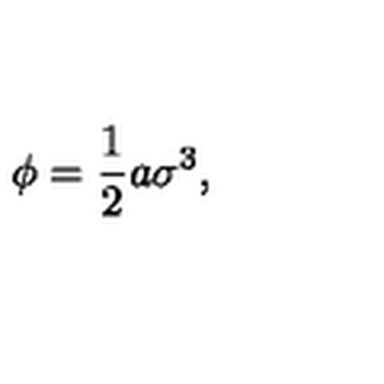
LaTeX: \phi = \frac { 1 } { 2 } a \sigma ^ { 3 } ,